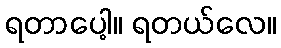
ရတာပေါ့။ ရတယ်လေ။